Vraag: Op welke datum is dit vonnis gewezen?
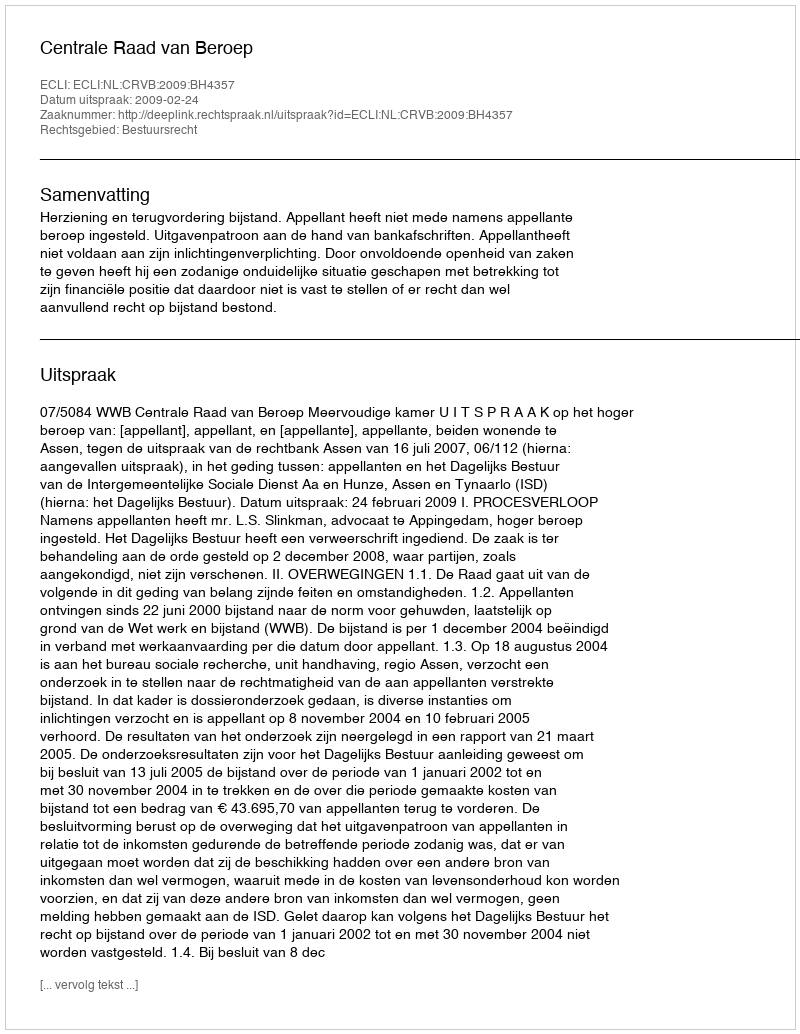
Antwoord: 2009-02-24